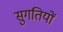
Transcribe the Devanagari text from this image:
सुगतियों